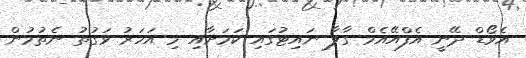
އެވޯޑް ދޭނީ އެފްއޭއެމް ގާލާ ނައިޓުގައި ކަމަށާއި މި އަހަރު ވަގުތު ނެތުމުން